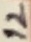
Text: 12